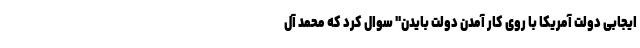
ایجابی دولت آمریکا با روی کار آمدن دولت بایدن" سوال کرد که محمد آل